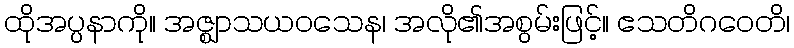
ထိုအပ္ပနာကို။ အဇ္ဈာသယဝသေန၊ အလို၏အစွမ်းဖြင့်။ ဧသတိဂဝေတိ၊